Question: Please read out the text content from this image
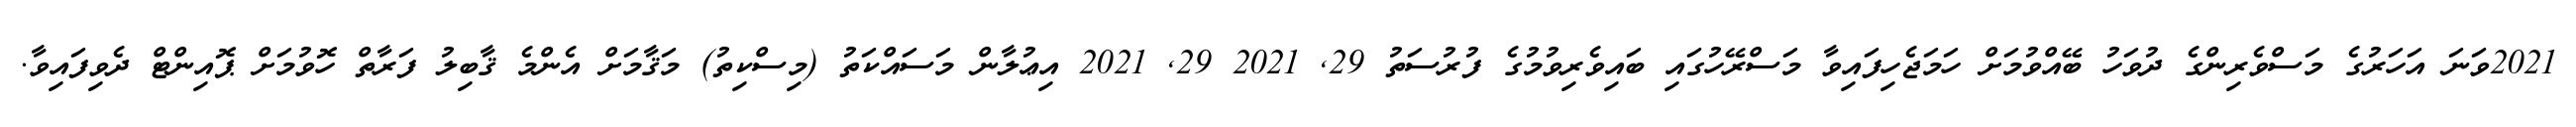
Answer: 2021ވަނަ އަހަރުގެ މަސްވެރިންގެ ދުވަހު ބޭއްވުމަށް ހަމަޖެހިފައިވާ މަސްރޭހުގައި ބައިވެރިވުމުގެ ފުރުސަތު 29, 2021 29, 2021 އިޢުލާން މަސައްކަތު (މިސްކިތު) މަޤާމަށް އެންމެ ޤާބިލު ފަރާތް ހޮވުމަށް ޕޮއިންޓް ދެވިފައިވާ.